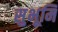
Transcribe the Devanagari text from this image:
सुभूमि